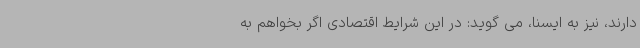
دارند، نیز به ایسنا، می گوید: در این شرایط اقتصادی اگر بخواهم به